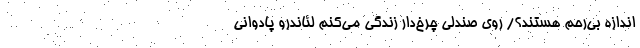
اندازه بی‌رحم هستند؟/ روی صندلی چرخ‌دار زندگی می‌کنم لئاندرو پادوانی